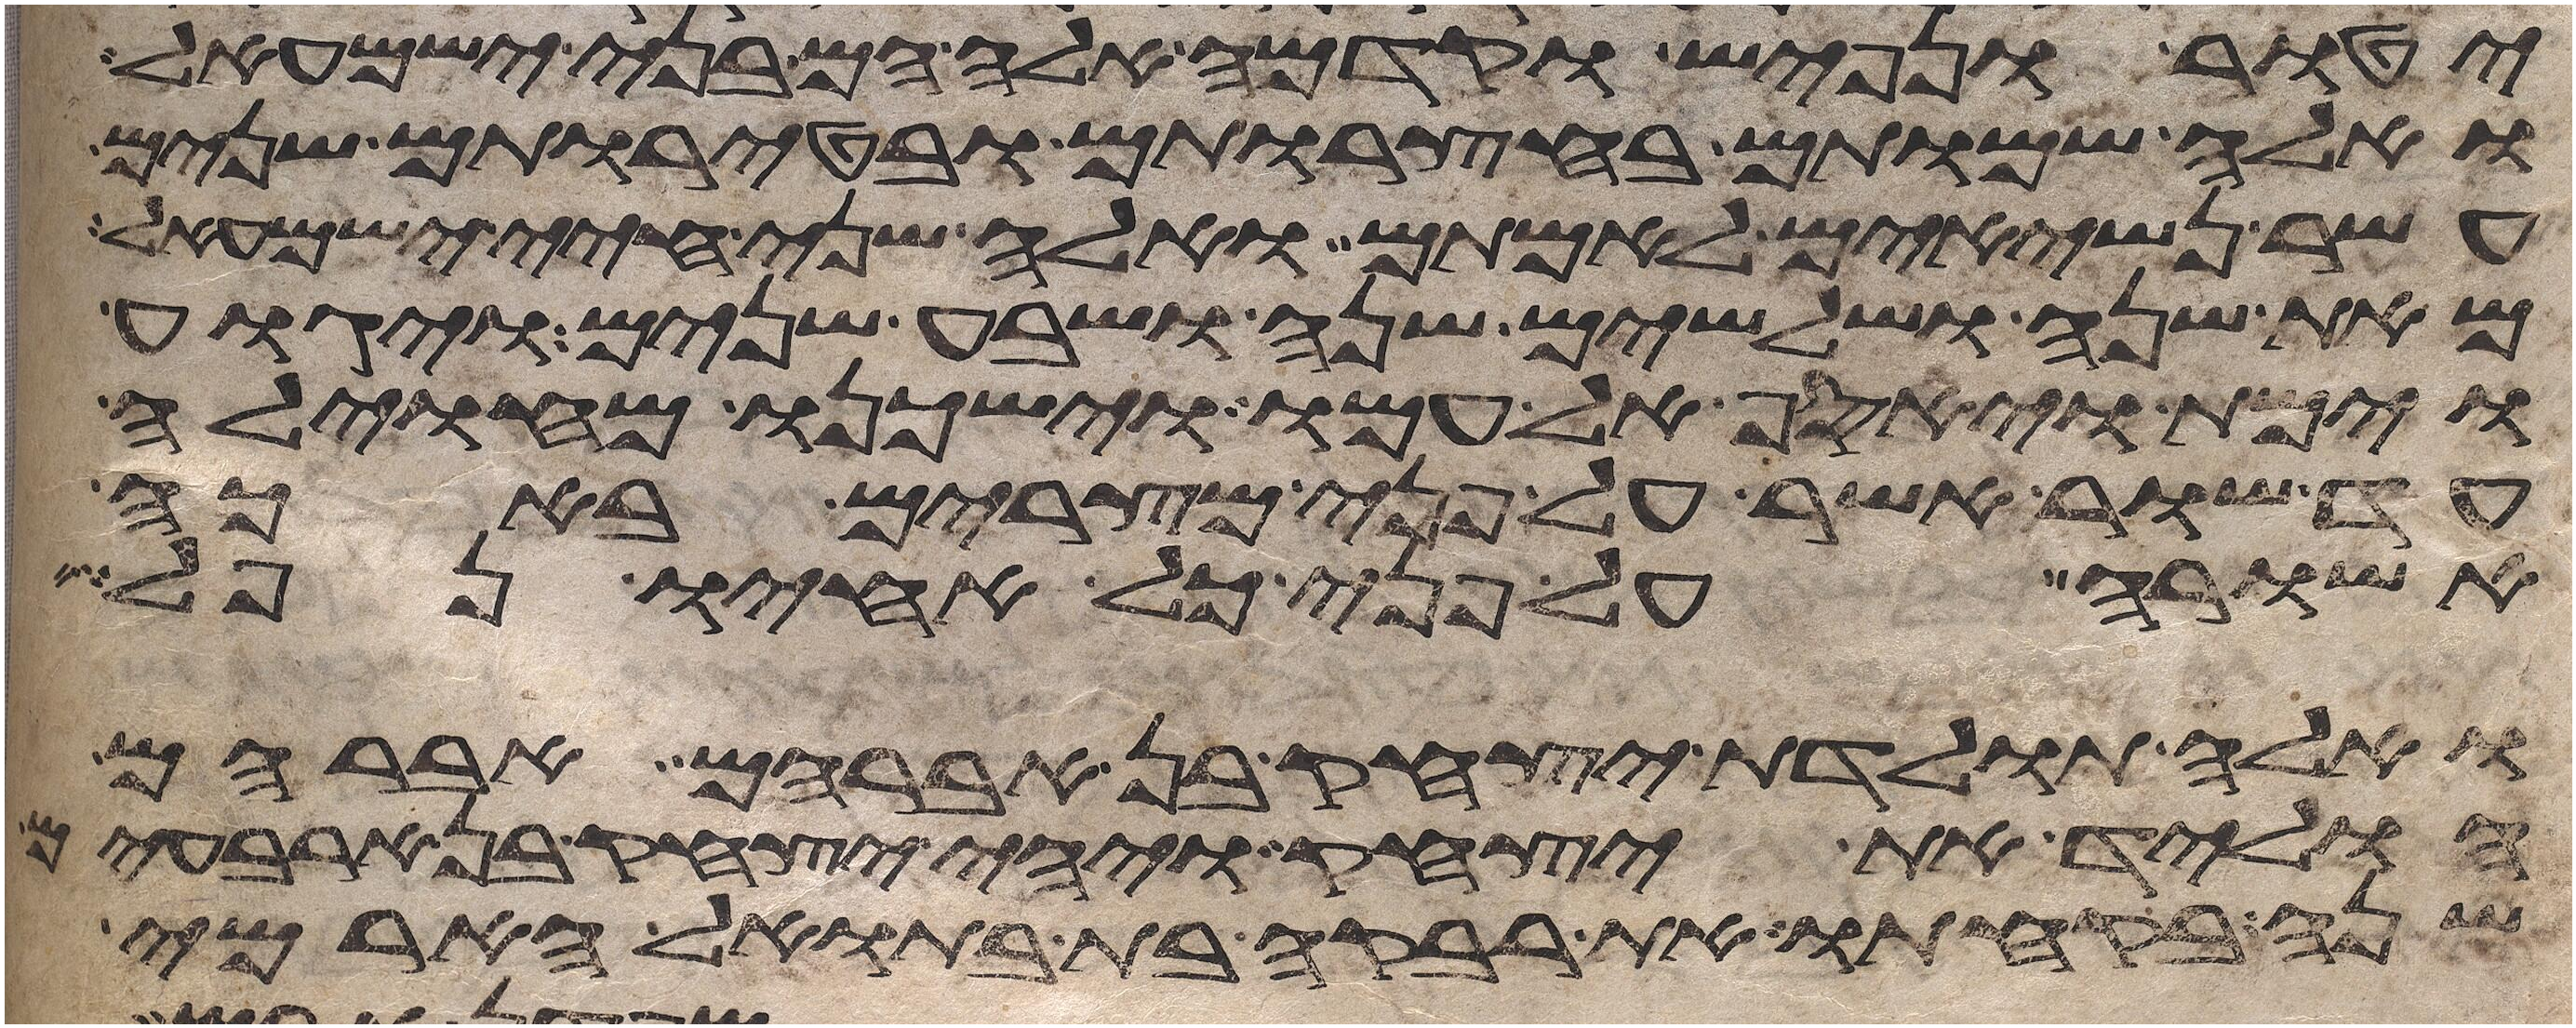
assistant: יטור נפיש וקדמה אלה הם בני ישמעאל
ואלה שמותם בחצרותם ובטירתם שנים
עשר נשיאים לאמתם ואלה שני חיי ישמעאל
מאת שנה ושלשים שנה ושבע שנים ויגוע
וימת ויאסף אל עמו וישכנו מחוילה
עד שור אשר על פני מצרים באכה
אשורה על פני כל אחיו נפל
ואלה תולדת יצחק בן אברהם אברהם
הוליד את יצחק ויהי יצחק בן ארבעים
שנה בקחתו את רבקה בת בתואל הארמי